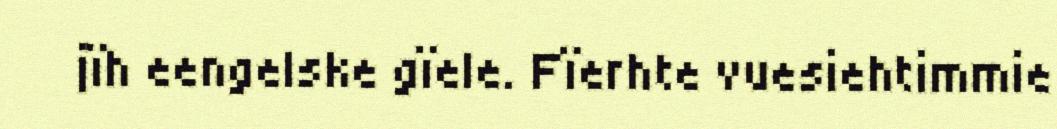
jïh eengelske gïele. Fïerhte vuesiehtimmie